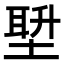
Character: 𪣿